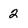
Character: 2